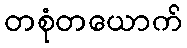
တစုံတယောက်